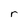
Character: r